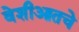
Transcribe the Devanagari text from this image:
वेशीआतचे